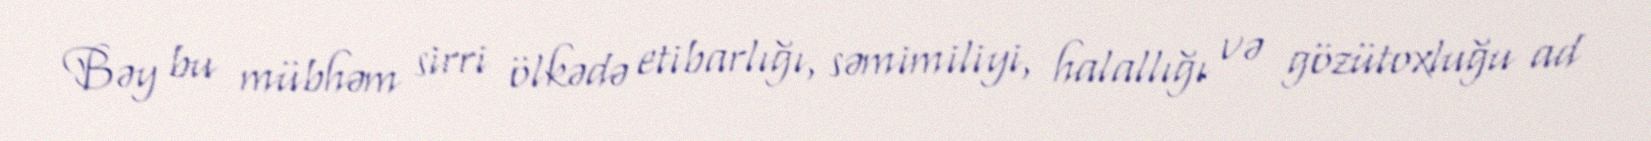
Bəy bu mübhəm sirri ölkədə etibarlığı, səmimiliyi, halallığı və gözütoxluğu ad